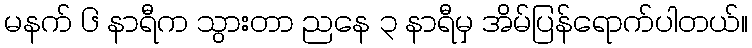
မနက် ၆ နာရီက သွားတာ ညနေ ၃ နာရီမှ အိမ်ပြန်ရောက်ပါတယ်။